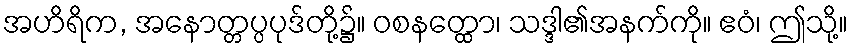
အဟိရိက, အနောတ္တပ္ပပုဒ်တို့၌။ ဝစနတ္ထော၊ သဒ္ဒါ၏အနက်ကို။ ဧဝံ၊ ဤသို့။